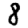
Digit: 8